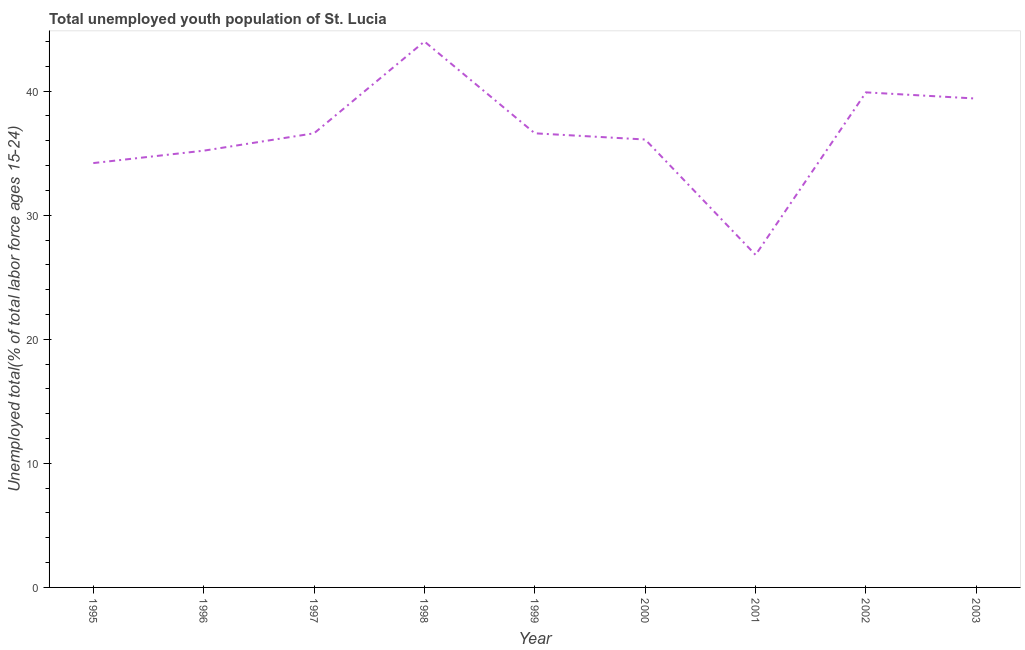
| Year | Unemployment youth total |
 | --- | --- |
 | 1995 | 34.2 |
 | 1996 | 35.2 |
 | 1997 | 36.6 |
 | 1998 | 44 |
 | 1999 | 36.6 |
 | 2000 | 36.1 |
 | 2001 | 26.8 |
 | 2002 | 39.9 |
 | 2003 | 39.4 |